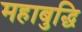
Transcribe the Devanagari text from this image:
महाबुद्धि